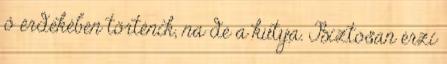
ő érdekében történik, na de a kutya. Biztosan érzi